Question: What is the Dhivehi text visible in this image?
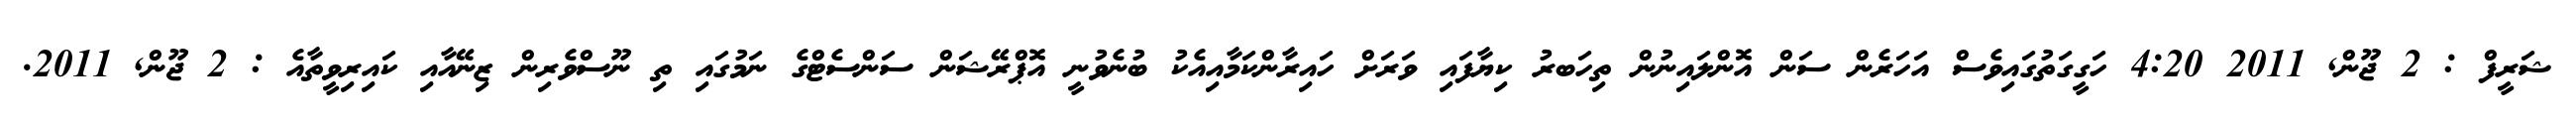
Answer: ޝަރީފް : 2 ޖޫން, 2011 4:20 ހަގީގަތުގައިވެސް އަހަރެން ސަން އޮންލައިނުން ތިހަބރު ކިޔާފައި ވަރަށް ހައިރާންކަމާއިއެކު ބުނެވުނީ އޮޕްރޭޝަން ސަންސެޓްގެ ނަމުގައި ތި ނޫސްވެރިން ޒިނޭއާއި ކައިރިވީތާއެ : 2 ޖޫން, 2011.